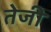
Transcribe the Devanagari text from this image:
तेेजी